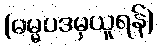
(ဓမ္မပဒမှယူရန်)